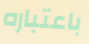
باعتباره